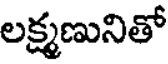
లక్ష్మణునితో